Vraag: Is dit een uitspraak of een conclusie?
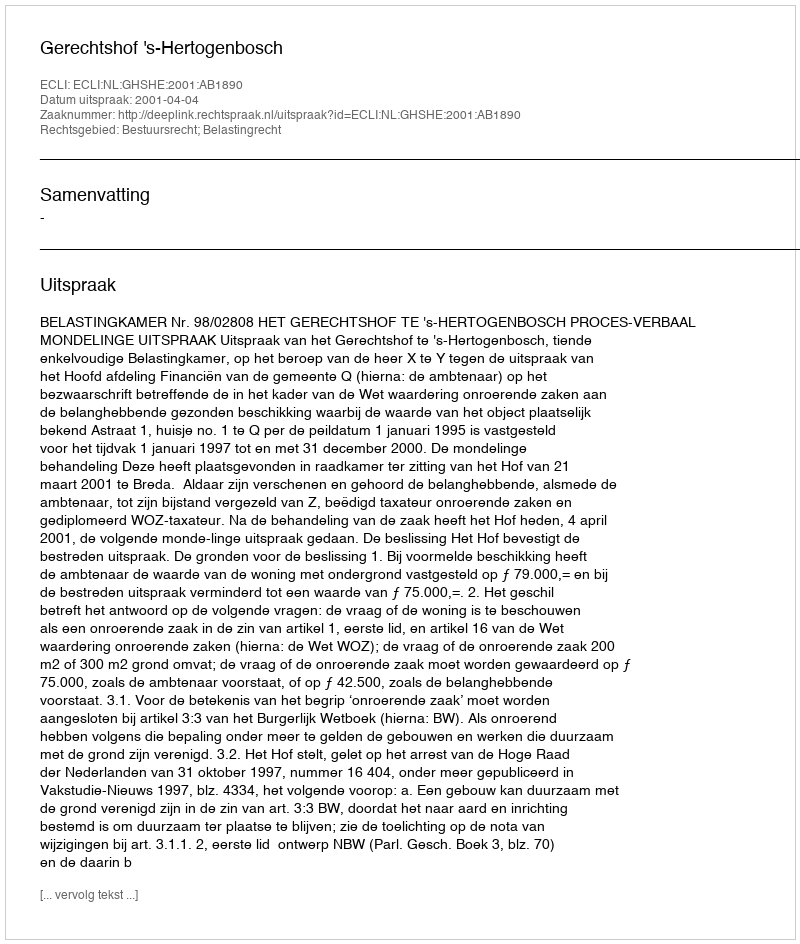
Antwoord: Uitspraak